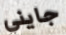
جايني